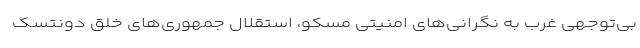
بی‌توجهی غرب به نگرانی‌های امنیتی مسکو، استقلال جمهوری‌های خلق دونتسک